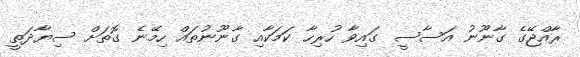
ރާއްޖޭގެ ގާނޫނު އަސާސީ ގައިވާ ހުރިހާ ކަމަކާއި ގާނޫނުތައް ހިމޭނެ ގޮތަށް ސިޔާދަތީ